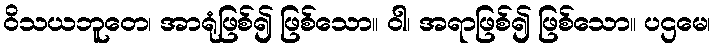
ဝိသယဘူတေ၊ အာရုံဖြစ်၍ ဖြစ်သော။ ဝါ၊ အရာဖြစ်၍ ဖြစ်သော။ ပဌမေ၊